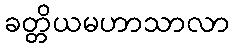
ခတ္တိယမဟာသာလာ